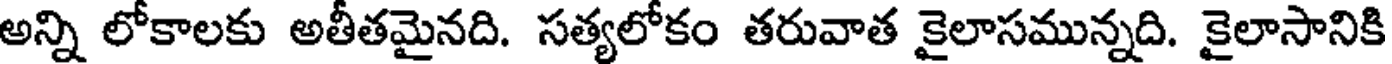
అన్ని లోకాలకు అతీతమైనది. సత్యలోకం తరువాత కైలాసమున్నది. కైలాసానికి